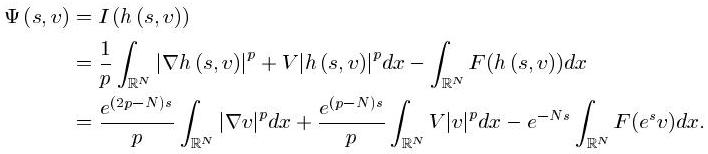
\begin{align*}
\Psi(s, v) &= I(h(s, v)) \\
&= \frac{1}{p} \int_{\mathbb{R}^N} |\nabla h(s, v)|^p + V|h(s, v)|^p dx - \int_{\mathbb{R}^N} F(h(s, v))dx \\
&= \frac{e^{(2p - N)s}}{p} \int_{\mathbb{R}^N} |\nabla v|^p dx + \frac{e^{(p - N)s}}{p} \int_{\mathbb{R}^N} V|v|^p dx - e^{-Ns} \int_{\mathbb{R}^N} F(e^s v)dx.
\end{align*}